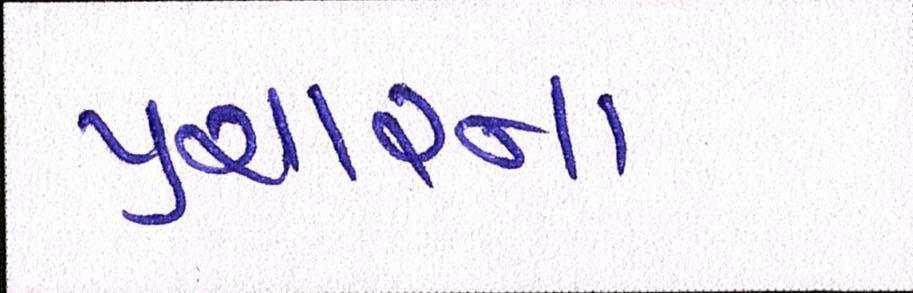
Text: પ્રચારના